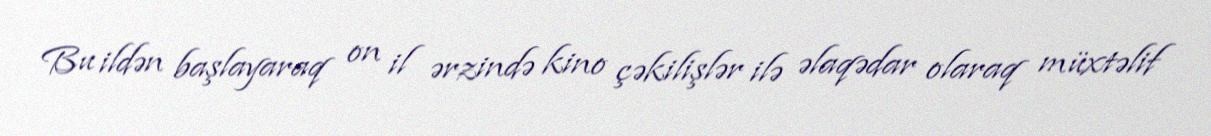
Bu ildən başlayaraq on il ərzində kino çəkilişlər ilə əlaqədar olaraq müxtəlif